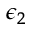
\epsilon _ { 2 }